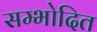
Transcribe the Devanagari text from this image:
सम्भोदित